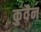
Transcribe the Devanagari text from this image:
कुवैन